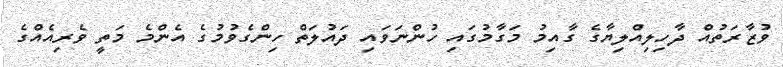
ވުޒާރަތުއް ދާހިލިއްލިޔާގެ ގާއިމު މަގާމުގައި ހުންނަވައި ދައުލަތް ހިންގެވުމުގެ އެންމެ މަތީ ވެރިއެއްގެ